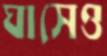
ঘাসেও